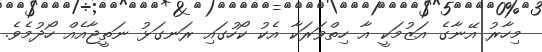
މިހާރު އޭނާގެ އަޒުމަކީ އާ ހިތްވަރަކާ އެކު ކޯހުގައި ރަނގަޅު ނަތީޖާއެއް ހޯދުމެވެ.